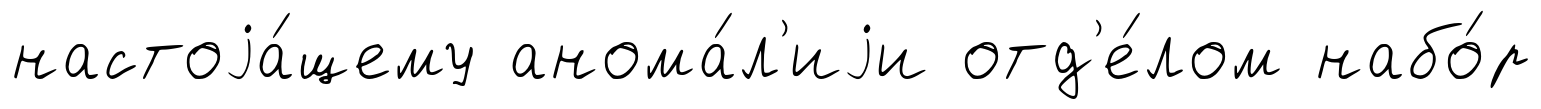
настоjа́щему анома́л'иjи отд'е́лом набо́р